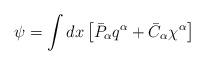
LaTeX: \begin{align*}\psi = \int dx \left[\bar{P}_{\alpha}q^{\alpha} +\bar{C}_{\alpha}\chi^{\alpha}\right]\end{align*}